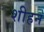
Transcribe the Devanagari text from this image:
शीहन